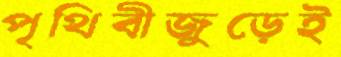
পৃথিবীজুড়েই